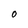
Character: 0